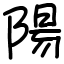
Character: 陽